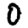
Digit: 0